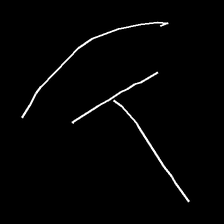
Glyph: dispersion